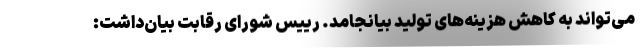
می‌تواند به کاهش هزینه‌های تولید بیانجامد. رییس شورای رقابت بیان‌داشت: